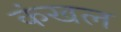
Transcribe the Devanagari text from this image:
कंखल